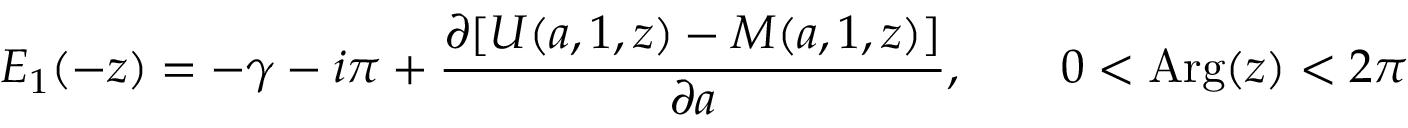
E _ { 1 } ( - z ) = - \gamma - i \pi + { \frac { \partial [ U ( a , 1 , z ) - M ( a , 1 , z ) ] } { \partial a } } , \qquad 0 < \mathrm { { A r g } } ( z ) < 2 \pi